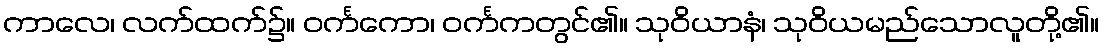
ကာလေ၊ လက်ထက်၌။ ဝင်္ကကော၊ ဝင်္ကကတွင်၏။ သုဝိယာနံ၊ သုဝိယမည်သောလူတို့၏။